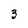
Character: 3